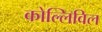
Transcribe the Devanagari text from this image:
कोल्लिविल